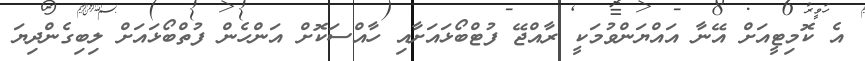
އެ ކޮމިޓީއަށް އޭނާ އައްޔަންވުމަކީ ރާއްޖޭ ފުޓްބޯޅައަށާއި ހާއްސަކޮށް އަންހެން ފުތްބޯޅައަށް ލިބިގެންދިޔަ